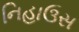
નિહાઉસ